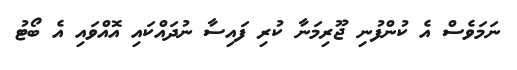
ނަމަވެސް އެ ކުންފުނި ޖޫރިމަނާ ކުރި ފައިސާ ނުދައްކައި އޮއްވައި އެ ބޯޓު